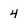
Character: 4